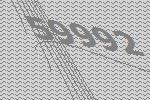
59992